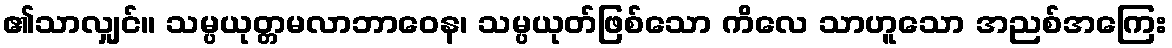
၏သာလျှင်။ သမ္ပယုတ္တမလာဘာဝေန၊ သမ္ပယုတ်ဖြစ်သော ကိလေ သာဟူသော အညစ်အကြေး